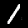
Digit: 1